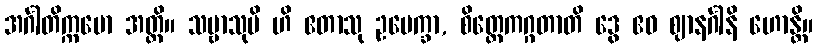
အင်္ဂါတိက္ကမော အတ္ထိ။ သဗ္ဗာသုပိ ဟိ ဧတာသု ဥပေက္ခာ, စိတ္တေကဂ္ဂတာတိ ဒွေ ဧဝ ဈာနင်္ဂါနိ ဟောန္တိ။